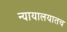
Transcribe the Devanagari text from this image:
न्यायालयातच